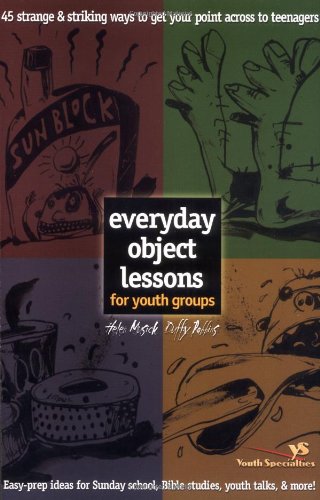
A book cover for Everyday Object Lessons for Youth Groups; Helen Musick; Christian Books & Bibles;